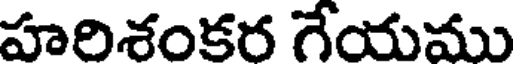
హరిశంకర గేయము